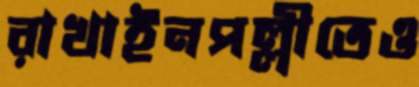
রাখাইনপল্লীতেও